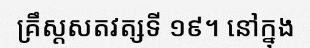
គ្រឹស្តសតវត្សទី ១៩។ នៅក្នុង